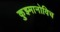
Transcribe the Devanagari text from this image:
कुझ्मानोविच